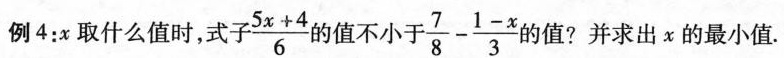
例4：x取什么值时，式 $$\frac { 5 x + 4 } { 6 }$$ 的值不小于 $$\frac { 7 } { 8 } - \frac { 1 - x } { 3 }$$ 的值?并求出x的最小值.